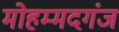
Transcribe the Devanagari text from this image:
मोहम्मदगंज